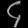
Digit: ၄